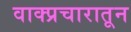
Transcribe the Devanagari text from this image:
वाक्प्रचारातून